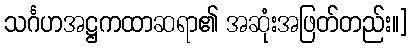
သင်္ဂဟအဋ္ဌကထာဆရာ၏ အဆုံးအဖြတ်တည်း။]